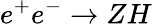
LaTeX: e^{+}e^{-}\rightarrow ZH